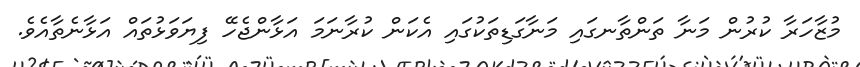
މުޒާހަރާ ކުރުން މަނާ ތަންތާނގައި މަނާގަޑިތަކުގައި އެކަން ކުރާނަމަ އަޅާންޖެހޭ ފިޔަވަޅުތައް އަޅާނެތާއެވެ.